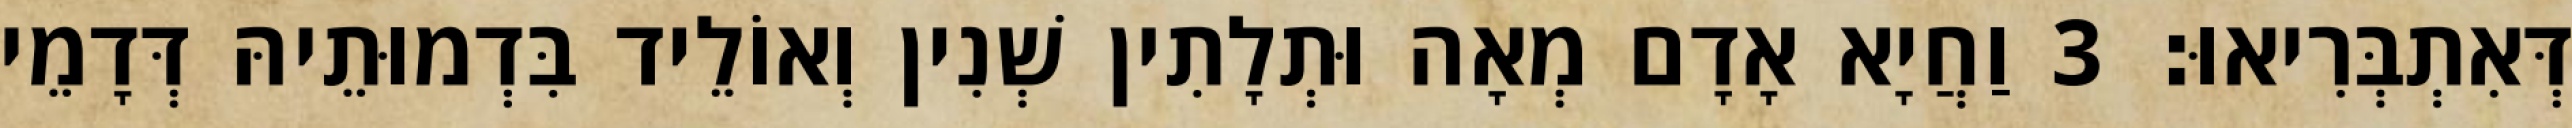
דְּאִתְבְּרִיאוּ׃ 3 וַחֲיָא אָדָם מְאָה וּתְלָתִין שְׁנִין וְאוֹלֵיד בִּדְמוּתֵיהּ דְּדָמֵי